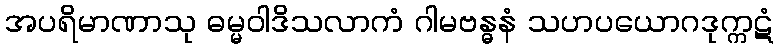
အပရိမာဏာသု ဓမ္မဝါဒိသလာကံ ဂါမဗန္ဓနံ သဟပယောဂဒုက္ကဋံ